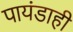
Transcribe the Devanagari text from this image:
पायंडाही